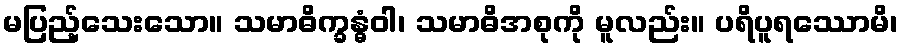
မပြည့်သေးသော။ သမာဓိက္ခန္ဓံဝါ၊ သမာဓိအစုကို မူလည်း။ ပရိပူရဿောမိ၊